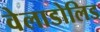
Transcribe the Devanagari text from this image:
वेलाडोलिड